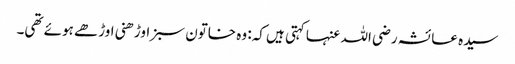
سیدہ عائشہ رضی اللہ عنہا کہتی ہیں کہ: وہ خاتون سبز اوڑھنی اوڑھے ہوئے تھی۔